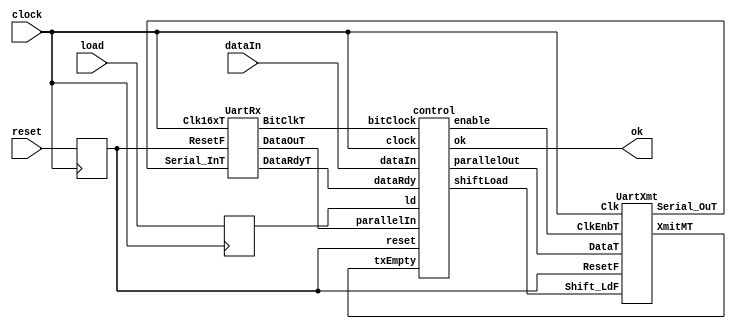
// Null modem connection of the transmittin part of a UART to the
// receiving part of the same. This model is meant to test the
// correctness of the operation of the UART and of the handshaking
// between the controller and the UART.
//
// The controller reads data from a parallel port into a transmit buffer
// when load=1 and sends them to the UART when the latter is available for
// transmission. It also checks the UART to see if there are data
// available. If there are data, the controller reads them in a buffer.
//
// The reset signal (active low) resets the UART and reinitializes
// transmission process in the controller. It is still possible to load
// data in the transmit buffer while reset is active.
//
// Every latch in this model is controlled by the positive edge of clock.
// This clock is conceptually the receiver clock, which is 16 times
// faster than the transmission clock. All "slow" flip-flops use an
// enable signal.
//
// Partial correctness of operation is expressed by the following LTL
// formula:
//           GF (reset=0 + load=1) + FG ok=1
//
// which says that on all infinite computation paths along which reset or
// load are not active infinitely often, then ok is eventually always 1.
// The CTL equivalent is:
//
//           AG AF (reset=0 + load=1)  with fairness constraint ok=0
//
// The UART is translated from the VHDL of Ben Cohen.

module nullModem(clock,reset,load,dataIn,ok);
    input       clock;		// active edge is positive one
    input       reset;		// active low
    input       load;		// load data into the transmit buffer
    input [7:0] dataIn;		// data to be loaded
    output 	ok;		// transfer is correct

    wire [7:0] 	parallelOut;	// data from the controller to the UART
    wire [7:0]  parallelIn;	// data from the UART to the controller
    wire 	shiftLoad;	// transmission control 
    wire 	enable;		// transmission control (clock gating)
    wire 	serialOut;	// serial data from the UART
    wire 	txEmpty;	// transmission status
    wire 	serialIn;	// serial data to the UART
    wire 	dataRdy;	// reception status
    wire 	bitClock;	// reception status (unused)

    reg 	rst;		// these two latches are for VIS, so that
    reg 	ld;		// CTL properties do not depend on PIs

    initial begin
	rst = 1;
	ld = 0;
    end

    always @ (posedge clock) begin
	rst = reset;
	ld = load;
    end

    control ctl(clock,rst,ld,dataIn,enable,parallelOut,
		parallelIn,shiftLoad,txEmpty,dataRdy,bitClock,ok);
    UartXmt Tx(shiftLoad,enable,clock,parallelOut,rst,serialOut,txEmpty);
    UartRx  Rx(clock,rst,serialIn,dataRdy,parallelIn,bitClock);

    assign serialIn = serialOut;		// null modem
    
endmodule // nullModem


module control(clock,reset,ld,dataIn,enable,parallelOut,
	       parallelIn,shiftLoad,txEmpty,dataRdy,bitClock,ok);
    input        clock;
    input 	 reset;
    input 	 ld;
    input [7:0]  dataIn;
    output 	 enable;
    output [7:0] parallelOut;
    input [7:0]  parallelIn;
    output 	 shiftLoad;
    input 	 txEmpty;
    input 	 dataRdy;
    input 	 bitClock;
    output 	 ok;

    reg [7:0] 	 rxBuf;
    reg [7:0] 	 txBuf;
    reg 	 shiftLoad;
    reg [3:0] 	 freqDiv;

    initial begin
	rxBuf = 8'b10000000;  txBuf = 8'b00000001; // arbitrary
	shiftLoad = 1;
	freqDiv = 0;
    end

    always @ (posedge clock) begin
	if (reset == 0) begin
	    shiftLoad = 1;
	    freqDiv = 0;
	    if (ld == 1) begin
		txBuf = dataIn;
	    end
	end
	else begin
	    if (dataRdy == 1) begin
		rxBuf = parallelIn;
	    end // if (dataRdy == 1)

	    if (enable == 1 && txEmpty == 1) begin
		if (shiftLoad == 1) begin
		    shiftLoad = 0;
		end // if (shifLoad == 1)
		else begin
		    shiftLoad = 1;
		end // else: !if(shifLoad == 1)
	    end // if (txEmpty)
	    else if (ld == 1) begin
		txBuf = dataIn;
	    end

	    freqDiv = freqDiv + 1;

	end // else: !if(reset == 0)
    end // always @ (posedge clock)
    
    assign enable = freqDiv == 7;
    assign ok = rxBuf == txBuf;
    assign parallelOut = txBuf;

endmodule // control


//  Purpose:   Models the receive portion of a UART.
//
module UartRx(Clk16xT,ResetF,Serial_InT,DataRdyT,DataOuT,BitClkT);
    input        Clk16xT;
    input        ResetF;
    input        Serial_InT;
    output       DataRdyT;
    output [7:0] DataOuT;
    output 	 BitClkT;

    parameter 	 RxInit_c = 10'b1111111111;
    reg [9:0] 	 RxReg;		// the receive register
    reg [3:0] 	 Count16;	// to divide by 16
    reg 	 RxMT;		// receive register empty
    reg 	 RxIn;		// registered serial input

    initial begin
	RxReg = RxInit_c;
	Count16 = 0;
	RxMT = 1;
	RxIn = 0;
    end // initial begin

    always @ (posedge Clk16xT) begin
	// Reset
	if (ResetF == 0) begin
	    Count16 = 0;		// reset divide by 16 counter
	    RxMT = 1;			// new message starting
	    RxReg = RxInit_c;
	end

	// Start bit   
	else if (RxMT == 1 && RxIn == 0) begin
	    Count16 = 0;		// reset divide by 16 counter
	    RxMT = 0;			// new message starting
	    RxReg = RxInit_c;
	end

	// If in a receive transaction mode
	// if @ mid bit clock then clock data into register
	else if (Count16 == 7 && RxMT == 0) begin	// mid clock
	    RxReg[8:0] = RxReg[9:1];
	    RxReg[9] = RxIn;
	    Count16 = Count16 + 1;
	end

	// Normal counter increment modulo 16
	else begin
	    Count16 = Count16 + 1;
	end

	// Clock serial input into RxIn
	RxIn = Serial_InT;

	// Check if a data word is received
	if (DataRdyT == 1) begin 
	    RxMT = 1;
	end
    end // always @ (posedge Clk16xT)

    assign DataRdyT = RxMT == 0 && RxReg[9] == 1 && RxReg[0] == 0;

    assign BitClkT = Count16 == 9;

    assign DataOuT = RxReg[8:1];

endmodule // UartRx


//-----------------------------------------------------------------------------
//  Purpose:  Models the transmit register of a UART.
//            Operation is as follows:
//            . All operations occur on rising edge of CLK.
//            . If ResetF == 0 then
//                XmitReg is reset to 1111111111.
//                Count   is reset to 0.
//            . If ClkEnbT == 1 and Shift_LdF == 0 and ResetF == 1 then
//                {1'b1, DataT, 1'b0} gets loaded into XmitReg.
//                Count is reset to 0
//            . If ClkEnbT == 1 and Shift_LdF == 1 and ResetF == 1 then
//                {1'b1, XmitReg[9:1]} gets loaded into XmitReg
//                (shift right with a 1 shifted in)
//                Count is incremented to less than 10
//                (i.e. if it is 9, then it stays at 9)
//-----------------------------------------------------------------------------
module UartXmt(Shift_LdF,ClkEnbT,Clk,DataT,ResetF,Serial_OuT,XmitMT);
    input       Shift_LdF;
    input       ClkEnbT; 
    input       Clk;
    input [7:0] DataT;
    input 	ResetF;
    output 	Serial_OuT;	// serial output
    output 	XmitMT;		// transmitter empty

    reg [9:0] 	XmitReg;	// the transmit register
    reg [3:0] 	Count;		// # of serial bits sent
  

    initial begin
	Count = 0;
	XmitReg = 10'b1111111111;
    end // initial begin

    always @ (posedge Clk) begin
	if (ResetF == 0) begin
	    XmitReg = 10'b1111111111;
	    Count   = 9;
	end
	else if (ClkEnbT == 1 && Shift_LdF == 0 && ResetF == 1) begin
	    XmitReg[9]   = 1;		// stop bit(s)
	    XmitReg[8:1] = DataT;	// payload
	    XmitReg[0]   = 0;		// start bit
	    Count        = 0;
	end
	else if (ClkEnbT == 1 && Shift_LdF == 1 && ResetF == 1) begin
	    XmitReg[8:0] = XmitReg[9:1];
	    XmitReg[9]   = 1;
	    if (Count != 9)
	      Count = Count + 1;
	end
    end

    assign Serial_OuT = XmitReg[0];

    assign XmitMT = Count == 9;

endmodule // UartXmt